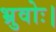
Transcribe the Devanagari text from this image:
भ्रुवोः।